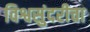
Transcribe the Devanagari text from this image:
विश्वसुंदरीचा